Indian journal of veterinary science and animal husbandry - Volumes 22-23, 1952-1953
Year: 1952
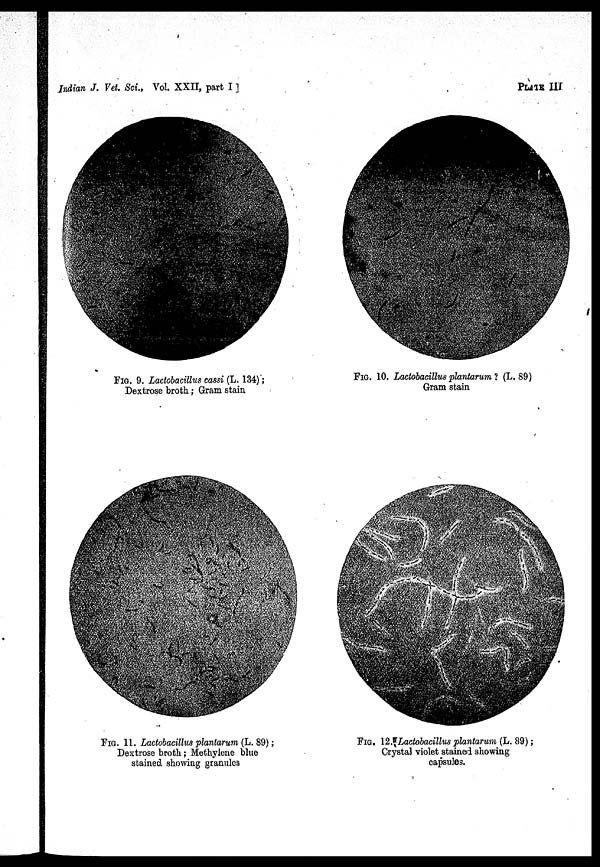
Indian J. Vet. Sci., Vol. XXII, part I ]
PLATE III
FIG. 9. Lactobacillus cassi (L. 134) ;
Dextrose broth ; Gram stain.
FIG. 10. Lactobacillus plantarum ? (L. 89)
Gram stain
FIG. 11. Lactobacillus plantarum (L. 89) ;
Dextrose broth ; Methylene blue
stained showing granules
FIG. 12. Lactobacillus plantarum (L. 89) ;
Crystal violet stained showing
capsules.